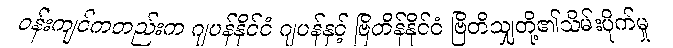
ဝန်းကျင်ကတည်းက ဂျပန်နိုင်ငံ ဂျပန်နှင့် ဗြိတိန်နိုင်ငံ ဗြိတိသျှတို့၏သိမ်းပိုက်မှု